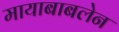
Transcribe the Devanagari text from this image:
मायाबाबलेन